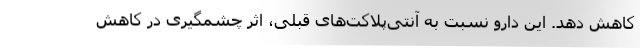
کاهش دهد. این دارو نسبت به آنتی‌پلاکت‌‌های قبلی، اثر چشمگیری در کاهش